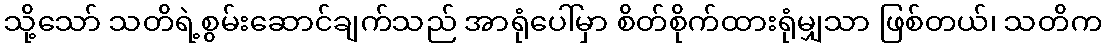
သို့သော် သတိရဲ့စွမ်းဆောင်ချက်သည် အာရုံပေါ်မှာ စိတ်စိုက်ထားရုံမျှသာ ဖြစ်တယ်၊ သတိက